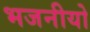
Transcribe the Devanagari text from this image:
भजनीयो